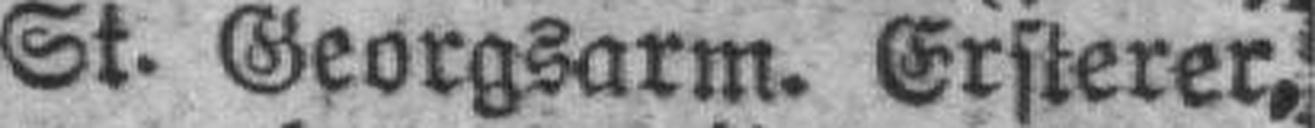
St. Georgsarm. Ersterer,